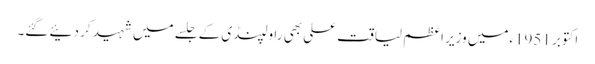
اکتوبر 1951ءمیں وزیر اعظم لیاقت علی بھی راولپنڈی کے جلسے میں شہید کر دئیے گئے۔